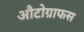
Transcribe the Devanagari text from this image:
औटोग्राफस